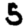
Digit: 5